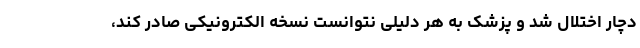
دچار اختلال شد و پزشک به هر دلیلی نتوانست نسخه الکترونیکی صادر کند،